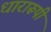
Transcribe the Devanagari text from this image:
धारारूपी